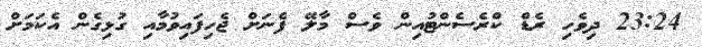
23:24 ދިވެހި ރެޑް ކްރެސެންޓުއިން ވެސް މާލޭ ފެނަށް ޖެހިފައިވުމާއި ގުޅިގެން އެކަމަށް